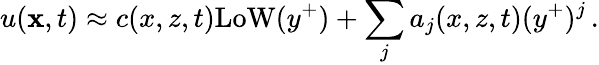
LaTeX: u({\mathbf x},t)\approx c(x,z,t)\mathrm{LoW}(y^{+})+\sum_{j}a_{j}(x,z,t)(y^{+})^{j}\, .